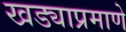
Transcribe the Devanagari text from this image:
खड्याप्रमाणे